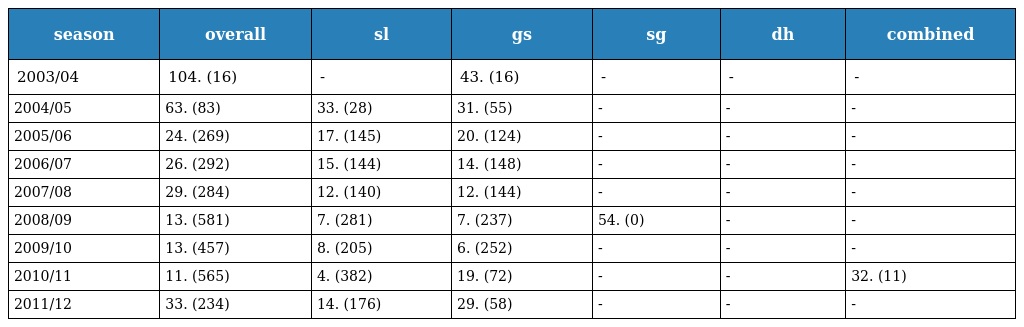
| season | overall | sl | gs | sg | dh | combined |
 | --- | --- | --- | --- | --- | --- | --- |
 | 2003/04 | 104. (16) | - | 43. (16) | - | - | - |
 | 2004/05 | 63. (83) | 33. (28) | 31. (55) | - | - | - |
 | 2005/06 | 24. (269) | 17. (145) | 20. (124) | - | - | - |
 | 2006/07 | 26. (292) | 15. (144) | 14. (148) | - | - | - |
 | 2007/08 | 29. (284) | 12. (140) | 12. (144) | - | - | - |
 | 2008/09 | 13. (581) | 7. (281) | 7. (237) | 54. (0) | - | - |
 | 2009/10 | 13. (457) | 8. (205) | 6. (252) | - | - | - |
 | 2010/11 | 11. (565) | 4. (382) | 19. (72) | - | - | 32. (11) |
 | 2011/12 | 33. (234) | 14. (176) | 29. (58) | - | - | - |